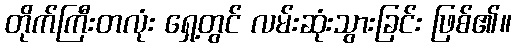
တိုက်ကြီးတလုံး ရှေ့တွင် လမ်းဆုံးသွားခြင်း ဖြစ်၏။